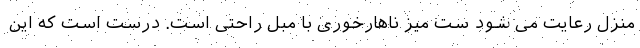
منزل رعایت می شود ست میز ناهارخوری با مبل راحتی است. درست است که این